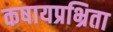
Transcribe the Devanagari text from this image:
कषायप्रभ्रिता